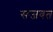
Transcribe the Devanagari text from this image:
सजवत